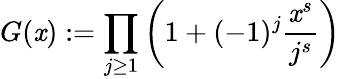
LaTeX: G(\mathit{x}):=\prod_{j\ge1}\bigg(1+(-1)^{j}\frac{{\mathit{x}^{s}}}{{j^{s}}}\bigg)